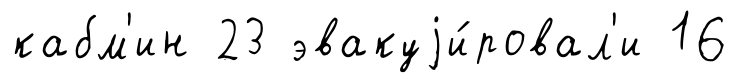
кабм'ин 23 эвакуjи́ровал'и 16